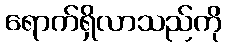
ရောက်ရှိလာသည်ကို